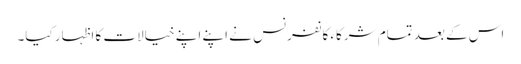
اس کے بعد تمام شرکاء کانفرنس نے اپنے اپنے خیالات کا اظہار کیا۔